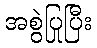
အစွဲပြုပြီး